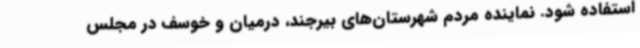
استفاده شود. نماینده مردم شهرستان‌های بیرجند، درمیان و خوسف در مجلس